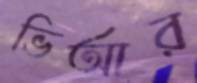
ভিআর